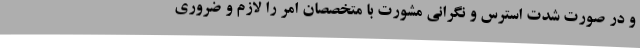
و در صورت شدت استرس و نگرانی مشورت با متخصصان امر را لازم و ضروری